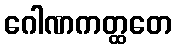
ဂေါဏကတ္ထတေ